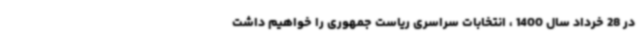
در 28 خرداد سال 1400 ، انتخابات سراسری ریاست جمهوری را خواهیم داشت